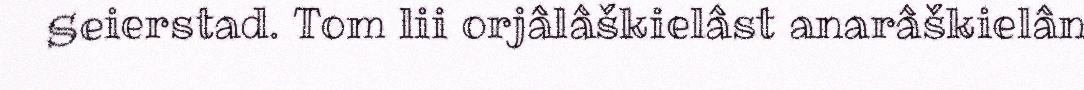
Seierstad. Tom lii orjâlâškielâst anarâškielân